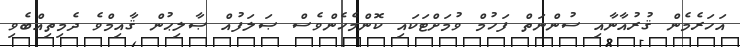
އަހަރެމެން ޤުރުއާނާއި ސުންނަތް ފަހުމް ވުމަށްޓަކައި ކޮންމެހެންވެސް ޞަލަފުއް ޞާލިޙުން ޤާއިމްވެ ދެމިތިއްބެވި